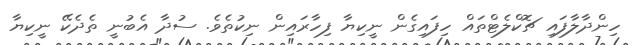
ހިންދާލާފައި ޗޮކްލެޓްތައް ހިފައިގެން ނީކިޔާ ފިހާރައިން ނިކުތެވެ. ސުދާ އެބުނީ ތެދެކޭ ނީކިޔާ